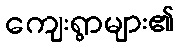
ကျေးရွာများ၏